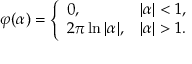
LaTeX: \varphi ( \alpha ) = { \left\{ \begin{array} { l l } { 0 , } & { | \alpha | < 1 , } \\ { 2 \pi \ln | \alpha | , } & { | \alpha | > 1 . } \end{array} \right. }